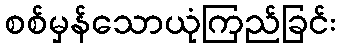
စစ်မှန်သောယုံကြည်ခြင်း